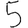
Digit: 5